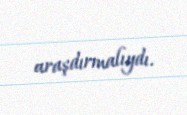
araşdırmalıydı.